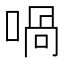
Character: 喎